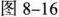
图 8-16